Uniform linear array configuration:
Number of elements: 32
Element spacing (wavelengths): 0.75
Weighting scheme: exponential
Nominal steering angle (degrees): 45
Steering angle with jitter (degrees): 44.736
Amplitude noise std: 0.05
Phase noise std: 0.05

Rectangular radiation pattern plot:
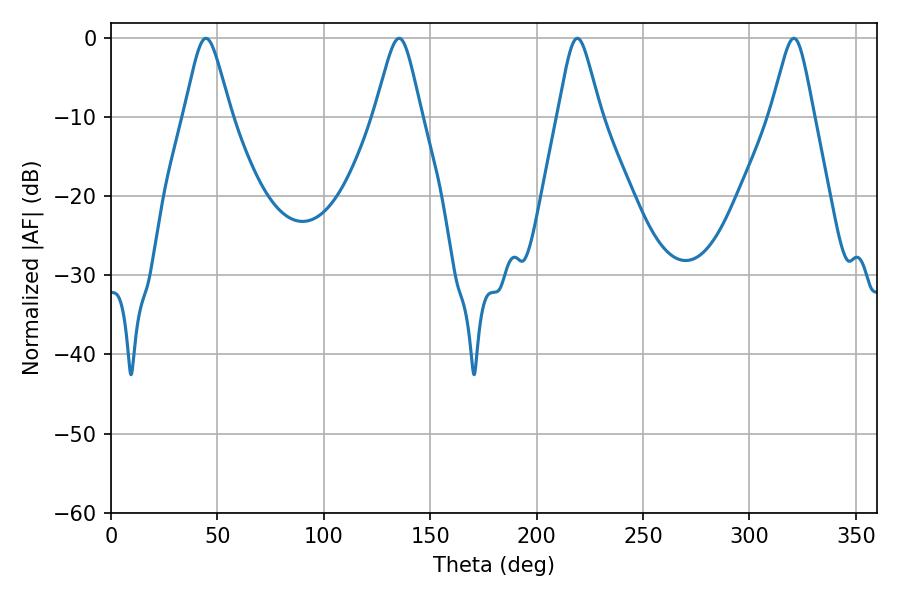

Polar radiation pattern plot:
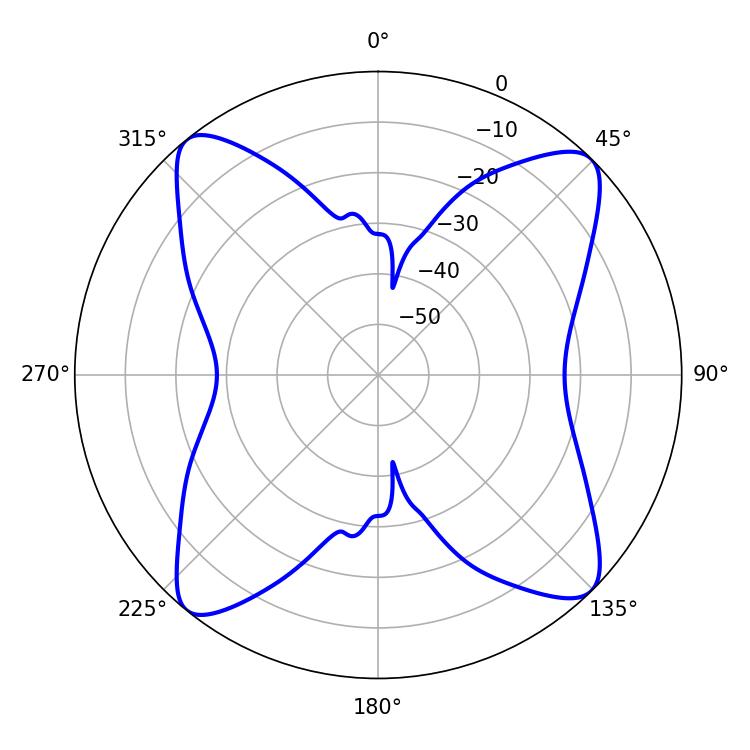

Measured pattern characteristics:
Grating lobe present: TRUE
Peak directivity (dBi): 15.664
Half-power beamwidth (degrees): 10.62
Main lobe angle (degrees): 44.64